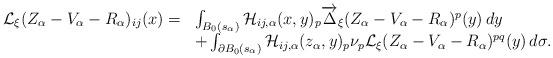
LaTeX: \begin{align*}\begin{array}{r l}\mathcal{L}_\xi(Z_\alpha-V_{\alpha}-R_\alpha)_{ij}(x)=&\int_{B_0(s_\alpha)}\mathcal{H}_{ij,\alpha}(x,y)_p\overrightarrow{\Delta}_\xi (Z_\alpha-V_{\alpha}-R_\alpha)^p(y)\,dy\\&+\int_{\partial B_0(s_\alpha)}\mathcal{H}_{ij,\alpha}(z_\alpha,y)_p\nu_p\mathcal{L}_\xi (Z_\alpha-V_{\alpha}-R_\alpha)^{pq}(y)\,d\sigma.\end{array}\end{align*}